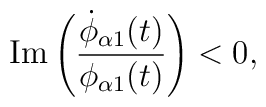
{\rm Im} \left(\frac{\dot{\phi}_{\alpha 1} (t)}{\phi_{\alpha 1} (t)}\right)< 0,